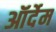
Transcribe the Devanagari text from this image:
ऑर्देम